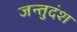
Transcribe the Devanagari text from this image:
जन्तुदंश